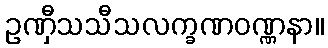
ဥဏှီသသီသလက္ခဏဝဏ္ဏနာ။